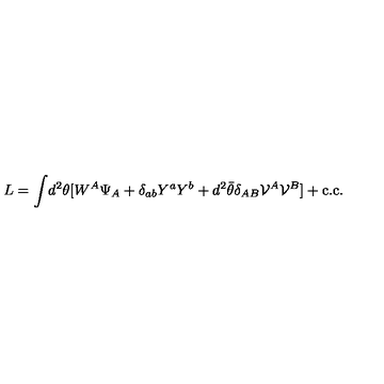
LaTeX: L = \int \! d ^ { 2 } \theta [ W ^ { A } \Psi _ { A } + \delta _ { a b } Y ^ { a } Y ^ { b } + d ^ { 2 } \bar { \theta } \delta _ { A B } { \cal V } ^ { A } { \cal V } ^ { B } ] + \mathrm { c . c . }